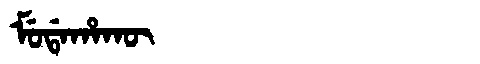
Manchu: ᠮᡠᡩᠠᡥᠠᡴᡡ
Romanization: MUDAHAKŪ